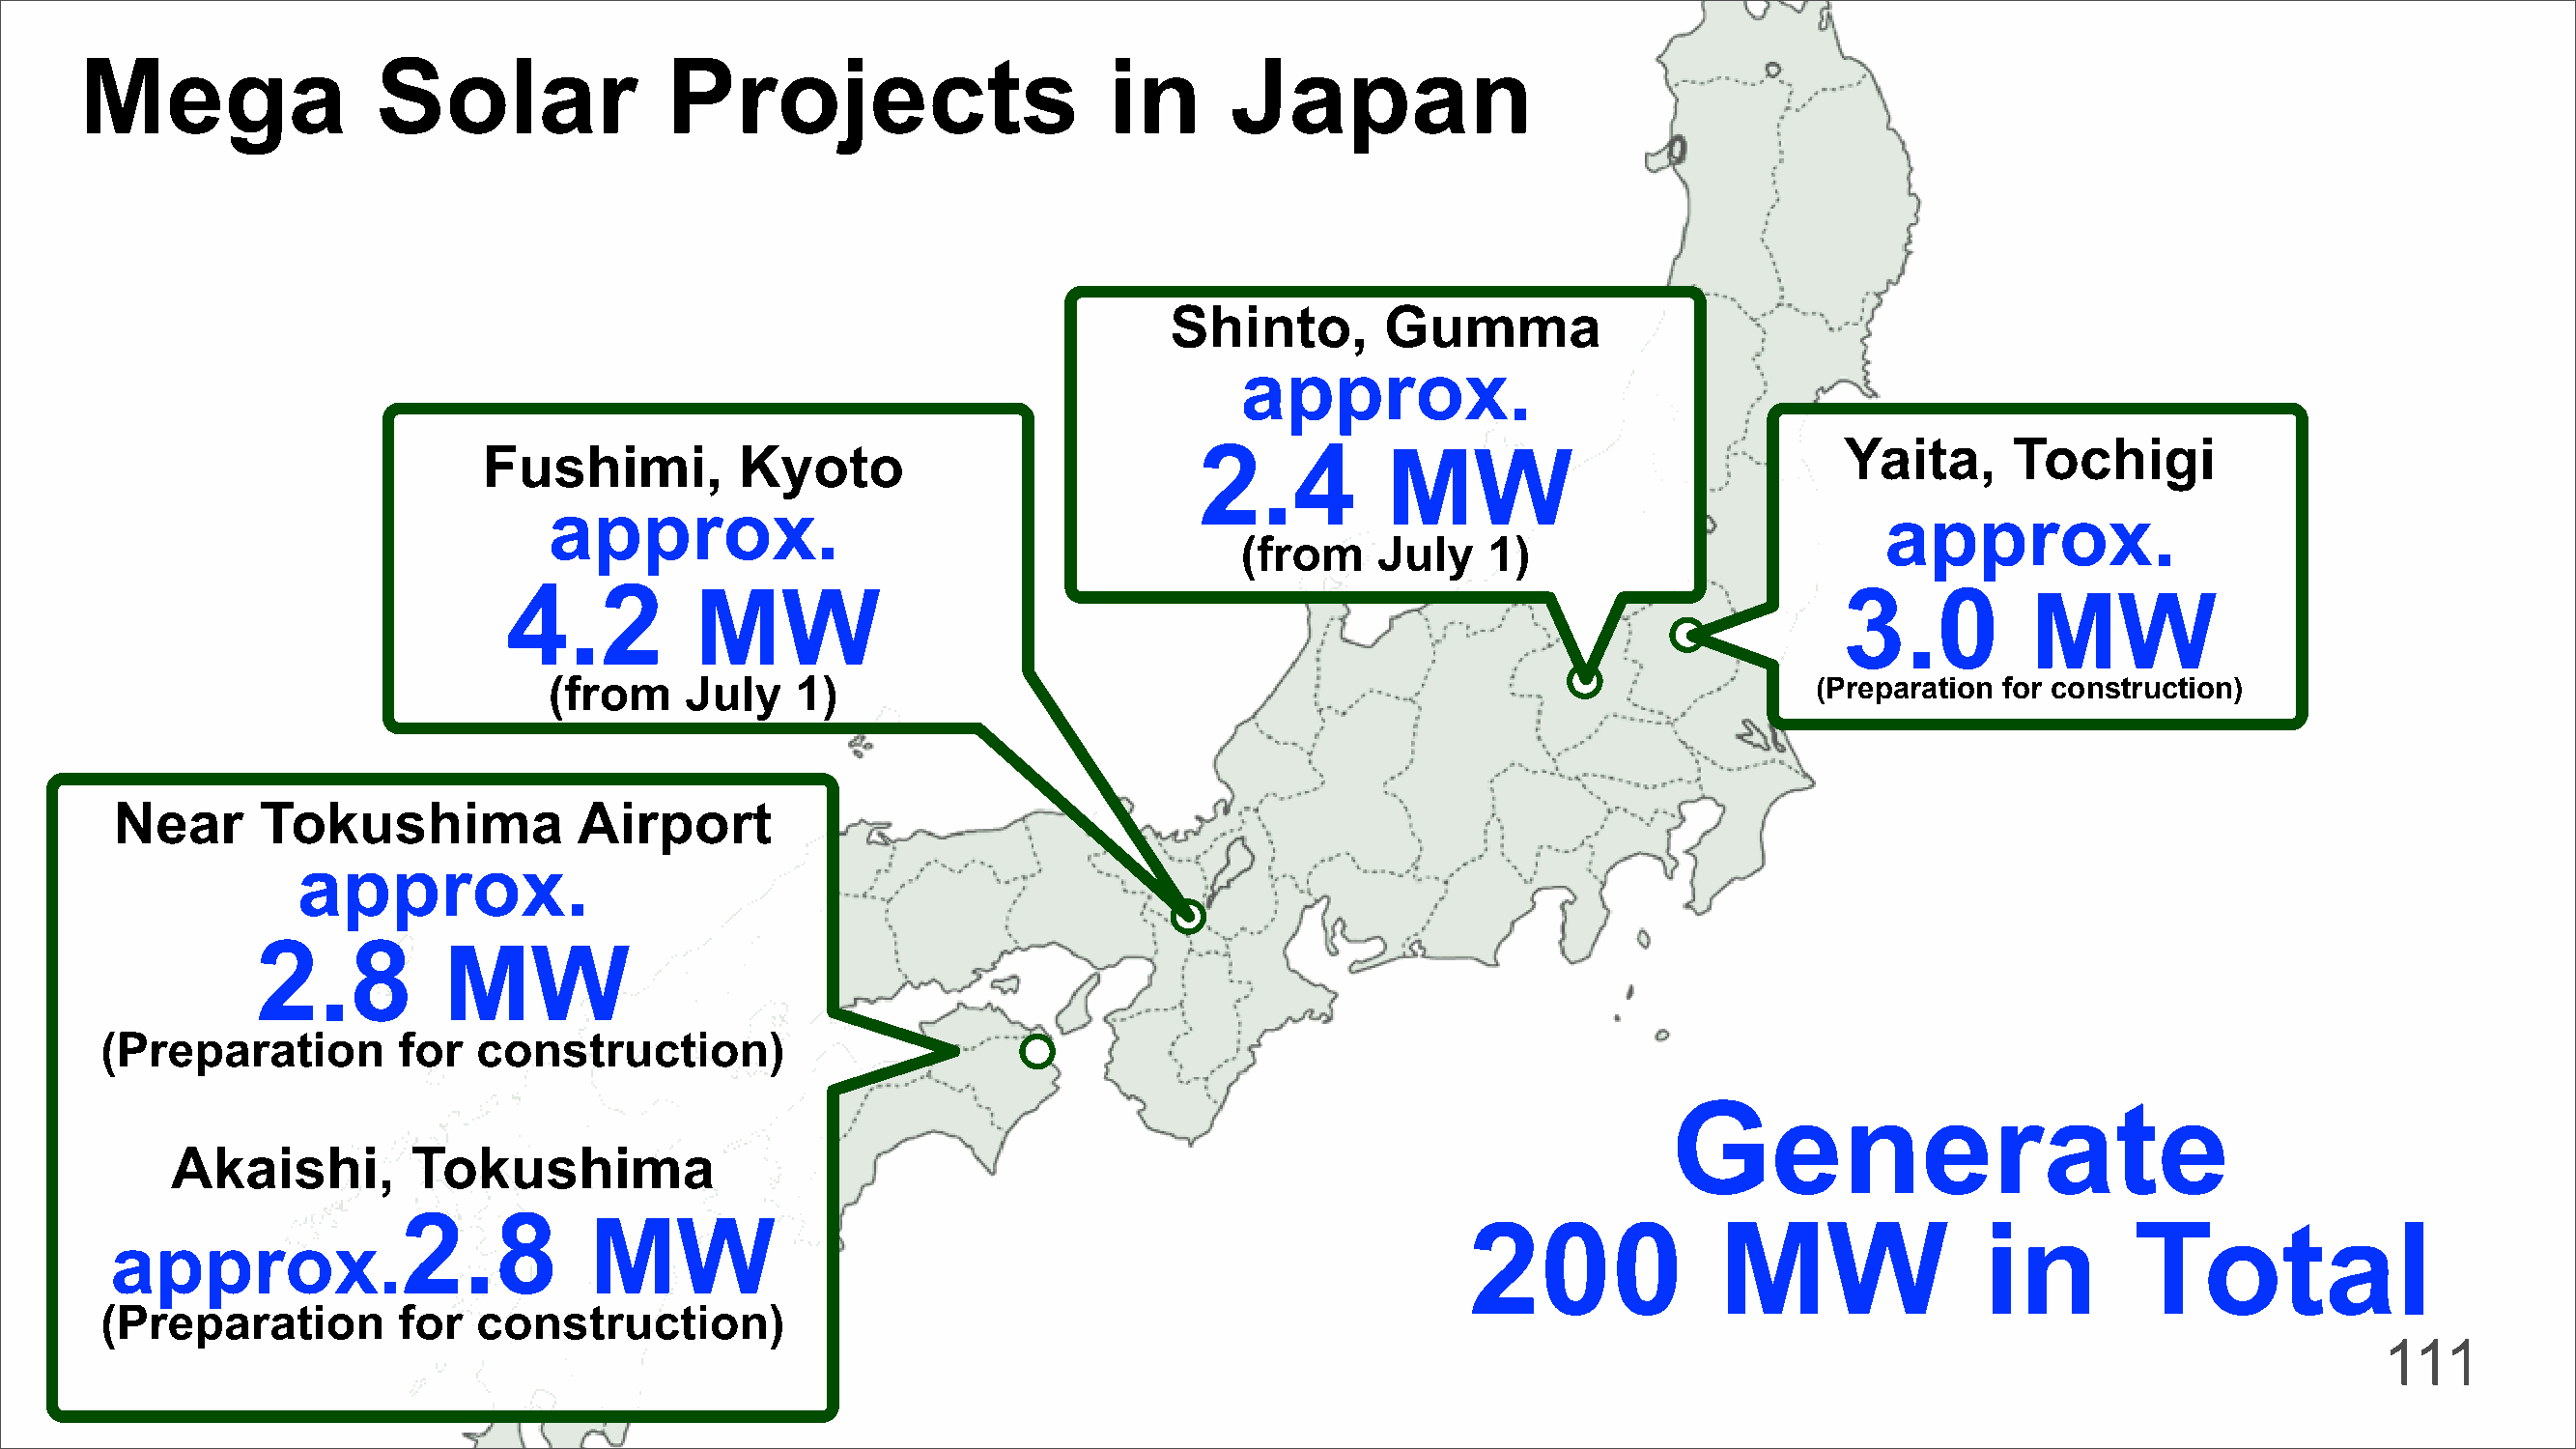
Mega                 Solar               Projects                      in      Japan
 Shinto,        Gumma
 approx.
 Fushimi,          Kyoto                          2.4          MW                             Yaita,      Tochigi
 approx.                                                                                    approx.
 (from    July    1)
 4.2          MW                                                                            3.0          MW
 (from    July    1)                                                                   (Preparation for construction)
 Near      Tokushima             Airport
 approx.
 2.8
 MW
 (Preparation        for   construction)
 Generate
 Akaishi,        Tokushima
 2.8
 MW                                                           200              MW                in        Total
 approx.
 (Preparation        for   construction)
 111